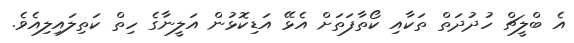
އެ ބްލީޗް ހުދުދަތް ތަކާއި ކޯތާފަތަށް އެޅޭ އަޑިކޮޅުން އަލީނާގެ ހިތް ކަތިލައިލިއެވެ.